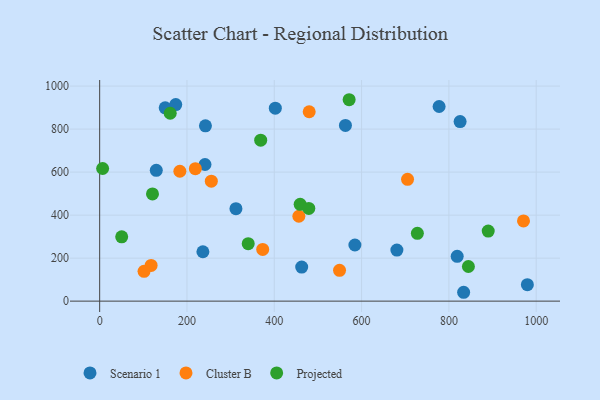
{"axis": {"x": "Price", "y": "Sales"}, "legend": ["Cluster B", "Projected", "Scenario 1"], "data": [{"x": "833.8", "y": 41.2, "type": "Scenario 1"}, {"x": "174.3", "y": 913.8, "type": "Scenario 1"}, {"x": "236.5", "y": 229.6, "type": "Scenario 1"}, {"x": "979.8", "y": 76.6, "type": "Scenario 1"}, {"x": "150.1", "y": 898.7, "type": "Scenario 1"}, {"x": "819.0", "y": 208.5, "type": "Scenario 1"}, {"x": "241.3", "y": 635.3, "type": "Scenario 1"}, {"x": "402.4", "y": 897.2, "type": "Scenario 1"}, {"x": "825.7", "y": 834.9, "type": "Scenario 1"}, {"x": "563.0", "y": 817.2, "type": "Scenario 1"}, {"x": "777.6", "y": 904.9, "type": "Scenario 1"}, {"x": "584.7", "y": 260.9, "type": "Scenario 1"}, {"x": "129.7", "y": 608.1, "type": "Scenario 1"}, {"x": "462.8", "y": 158.2, "type": "Scenario 1"}, {"x": "312.2", "y": 429.8, "type": "Scenario 1"}, {"x": "242.3", "y": 815.3, "type": "Scenario 1"}, {"x": "680.9", "y": 237.3, "type": "Scenario 1"}, {"x": "255.8", "y": 557.6, "type": "Cluster B"}, {"x": "549.5", "y": 143.2, "type": "Cluster B"}, {"x": "970.9", "y": 373.1, "type": "Cluster B"}, {"x": "219.2", "y": 616.0, "type": "Cluster B"}, {"x": "117.9", "y": 166.2, "type": "Cluster B"}, {"x": "183.7", "y": 603.9, "type": "Cluster B"}, {"x": "480.0", "y": 880.7, "type": "Cluster B"}, {"x": "456.3", "y": 394.6, "type": "Cluster B"}, {"x": "373.5", "y": 240.3, "type": "Cluster B"}, {"x": "101.7", "y": 138.5, "type": "Cluster B"}, {"x": "705.3", "y": 566.6, "type": "Cluster B"}, {"x": "844.7", "y": 161.1, "type": "Projected"}, {"x": "459.3", "y": 450.0, "type": "Projected"}, {"x": "161.6", "y": 873.5, "type": "Projected"}, {"x": "368.9", "y": 748.4, "type": "Projected"}, {"x": "340.3", "y": 267.1, "type": "Projected"}, {"x": "890.1", "y": 325.9, "type": "Projected"}, {"x": "50.5", "y": 299.2, "type": "Projected"}, {"x": "121.0", "y": 498.5, "type": "Projected"}, {"x": "479.1", "y": 431.1, "type": "Projected"}, {"x": "571.5", "y": 936.5, "type": "Projected"}, {"x": "6.8", "y": 616.7, "type": "Projected"}, {"x": "727.8", "y": 315.3, "type": "Projected"}]}